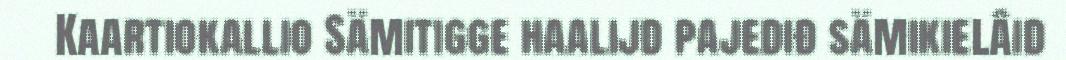
Kaartiokallio Sämitigge haalijd pajediđ sämikielâid